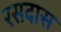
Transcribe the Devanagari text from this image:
रसदास